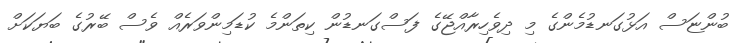
ބުންޏަސް އަޅުގަނޑުމެންގެ މި ދިވެހިރާއްޖޭގެ ފަސްގަނޑުން ކިތަންމެ ކުޑަމިންވަރެއް ވެސް ބޭރުގެ ބަޔަކަށް